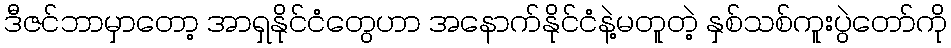
ဒီဇင်ဘာမှာတော့ အာရှနိုင်ငံတွေဟာ အနောက်နိုင်ငံနဲ့မတူတဲ့ နှစ်သစ်ကူးပွဲတော်ကို